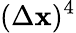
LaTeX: (\Delta\mathbf{x})^{4}